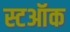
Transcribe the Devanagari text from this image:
स्टऑक